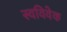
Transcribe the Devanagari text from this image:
स्‍वविवेक